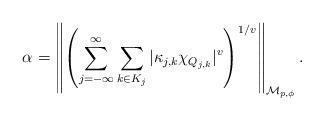
LaTeX: \begin{align*}\alpha=\left\|\left(\sum_{j=-\infty}^\infty\sum_{k \in K_j} |\kappa_{j,k} \chi_{Q_{j,k}}|^v\right)^{1/v}\right\|_{{\mathcal M}_{p,\phi}}.\end{align*}